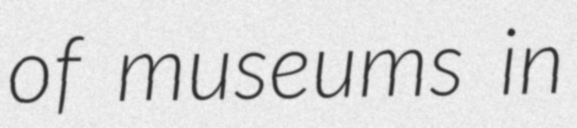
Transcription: of museums in